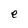
Character: e